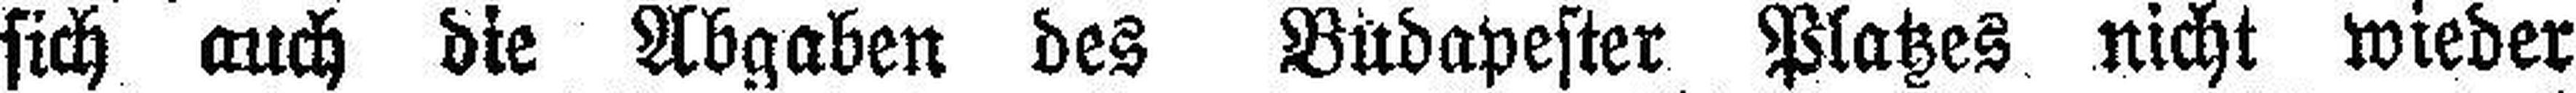
sich auch die Abgaben des Budapester Platzes nicht wieder